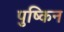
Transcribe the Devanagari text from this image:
पुष्किन